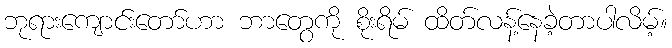
ဘုရားကျောင်းတော်ဟာ ဘာတွေကို စိုးရိမ် ထိတ်လန့်နေခဲ့တာပါလိမ့်။